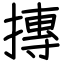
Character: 摶